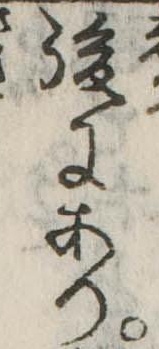
後にあり